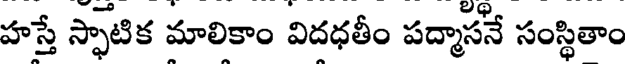
హస్తే స్ఫాటిక మాలికాం విదధతీం పద్మాసనే సంస్థితాం